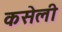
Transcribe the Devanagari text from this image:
कसेली